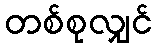
တစ်စုလျှင်